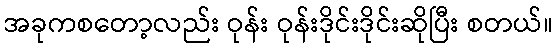
အခုကစတော့လည်း ဝုန်း ဝုန်းဒိုင်းဒိုင်းဆိုပြီး စတယ်။